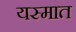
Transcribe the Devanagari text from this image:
यस्मात